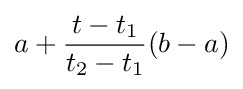
a+{\frac {t-t_{1}}{t_{2}-t_{1}}}(b-a)